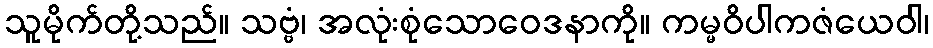
သူမိုက်တို့သည်။ သဗ္ဗံ၊ အလုံးစုံသောဝေဒနာကို။ ကမ္မဝိပါကဇံယေဝါ၊